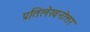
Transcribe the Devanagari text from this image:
प्रतिलेखनोत्तर